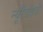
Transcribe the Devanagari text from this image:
न्यूरैडॉइडी